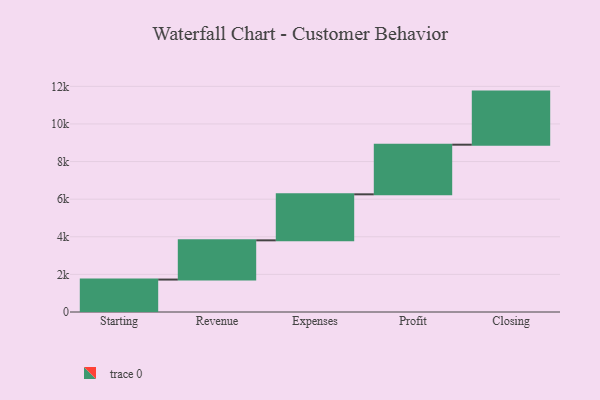
{"axis": {"x": "Step", "y": "Value"}, "legend": [""], "data": [{"x": "Starting", "y": 1725.0, "type": ""}, {"x": "Revenue", "y": 2086.0, "type": ""}, {"x": "Expenses", "y": 2447.0, "type": ""}, {"x": "Profit", "y": 2639.0, "type": ""}, {"x": "Closing", "y": 2823.0, "type": ""}]}